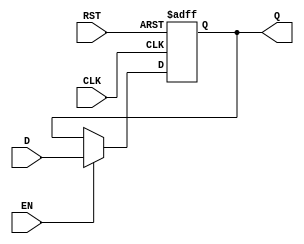
module stage_register (
    input wire CLK,      // Clock signal
    input wire EN,       // Enable signal
    input wire RST,      // Reset signal
    input wire [N-1:0] D, // Data input (N-bit wide)
    output reg [N-1:0] Q  // Data output (N-bit wide)
);
    parameter N = 8; // Define the width of the register (can be changed as needed)

    // Sequential logic for the stage register
    always @(posedge CLK or posedge RST) begin
        if (RST) begin
            Q <= {N{1'b0}}; // Reset output to zero
        end else if (EN) begin
            Q <= D; // Capture input data on enable
        end
        // If EN is low, Q retains its previous value
    end
endmodule